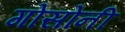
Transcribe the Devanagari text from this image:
गोसोनी